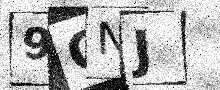
Text: 9ONJ